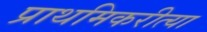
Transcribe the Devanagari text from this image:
प्राथमिकरीत्या